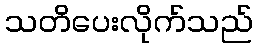
သတိပေးလိုက်သည်